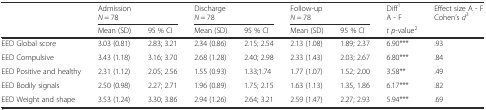
<table><thead><tr><td></td><td colspan="2"><b>Admission <i>N</i> = 78</b></td><td colspan="2"><b>Discharge <i>N</i> = 78</b></td><td colspan="2"><b>Follow-up <i>N</i> = 78</b></td><td><b>Diff<sup>1</sup> A - F</b></td><td><b>Effect size A - F Cohen’s <i>d</i><sup>3</sup></b></td></tr><tr><td></td><td><b>Mean (SD)</b></td><td><b>95 % CI</b></td><td><b>Mean (SD)</b></td><td><b>95 % CI</b></td><td><b>Mean (SD)</b></td><td><b>95 % CI</b></td><td><b><i>t</i><i>p</i>-value<sup>2</sup></b></td><td></td></tr></thead><tbody><tr><td>EED Global score</td><td>3.03 (0.81)</td><td>2.83; 3.21</td><td>2.34 (0.86)</td><td>2.15; 2.54</td><td>2.13 (1.08)</td><td>1.89; 2.37</td><td>6.90***</td><td>.93</td></tr><tr><td>EED Compulsive</td><td>3.43 (1.18)</td><td>3.16; 3.70</td><td>2.68 (1.28)</td><td>2.40; 2.98</td><td>2.33 (1.43)</td><td>2.03; 2.67</td><td>6.80***</td><td>.84</td></tr><tr><td>EED Positive and healthy</td><td>2.31 (1.12)</td><td>2.05; 2.56</td><td>1.55 (0.93)</td><td>1.33;1.74</td><td>1.77 (1.07)</td><td>1.52; 2.00</td><td>3.58**</td><td>.49</td></tr><tr><td>EED Bodily signals</td><td>2.50 (0.98)</td><td>2.27; 2.71</td><td>1.96 (0.89)</td><td>1.75; 2.15</td><td>1.63 (1.13)</td><td>1.35, 1.86</td><td>6.17***</td><td>.82</td></tr><tr><td>EED Weight and shape</td><td>3.53 (1.24)</td><td>3.30; 3.86</td><td>2.94 (1.26)</td><td>2.64; 3.21</td><td>2.59 (1.47)</td><td>2.27; 2.93</td><td>5.94***</td><td>.69</td></tr></tbody></table>